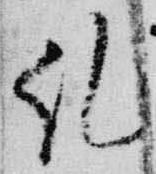
糺